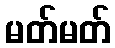
မတ်မတ်